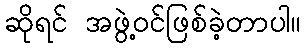
ဆိုရင် အဖွဲ့ဝင်ဖြစ်ခဲ့တာပါ။